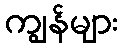
ကျွန်များ